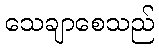
သေချာစေသည်